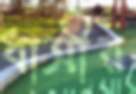
ধাত্রীর